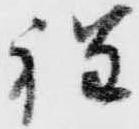
程